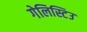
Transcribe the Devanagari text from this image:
गेलिस्टिउ